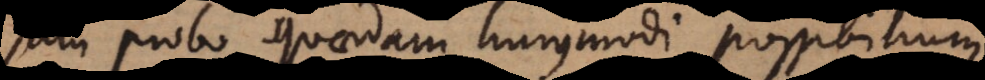
jam probo quaedam hujusmodi possibilium